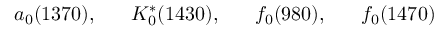
a _ { 0 } ( 1 3 7 0 ) , \; \; \; \; \; \; K _ { 0 } ^ { * } ( 1 4 3 0 ) , \; \; \; \; \; \; f _ { 0 } ( 9 8 0 ) , \; \; \; \; \; \; f _ { 0 } ( 1 4 7 0 )